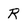
Character: R